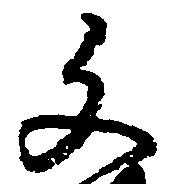
文